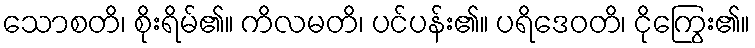
သောစတိ၊ စိုးရိမ်၏။ ကိလမတိ၊ ပင်ပန်း၏။ ပရိဒေဝတိ၊ ငိုကြွေး၏။